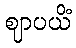
ဈာပယိံ